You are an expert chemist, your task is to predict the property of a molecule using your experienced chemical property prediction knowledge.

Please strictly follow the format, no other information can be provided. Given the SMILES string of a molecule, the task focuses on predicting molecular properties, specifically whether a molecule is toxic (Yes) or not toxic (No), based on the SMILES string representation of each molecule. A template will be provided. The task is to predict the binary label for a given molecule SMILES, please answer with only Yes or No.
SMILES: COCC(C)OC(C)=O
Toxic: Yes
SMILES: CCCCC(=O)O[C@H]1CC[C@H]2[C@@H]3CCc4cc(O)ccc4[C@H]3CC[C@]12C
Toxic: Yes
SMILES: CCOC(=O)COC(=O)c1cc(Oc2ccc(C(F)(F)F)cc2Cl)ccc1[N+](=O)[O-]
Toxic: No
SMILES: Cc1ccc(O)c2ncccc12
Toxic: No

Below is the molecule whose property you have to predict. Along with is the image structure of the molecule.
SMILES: CN1[C@H]2CC[C@@H]1CC(OC(=O)c1c[nH]c3ccccc13)C2
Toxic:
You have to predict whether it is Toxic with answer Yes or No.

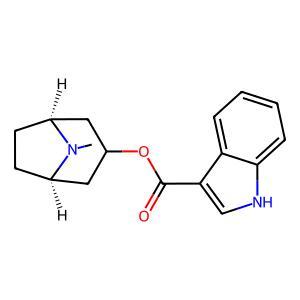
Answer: No